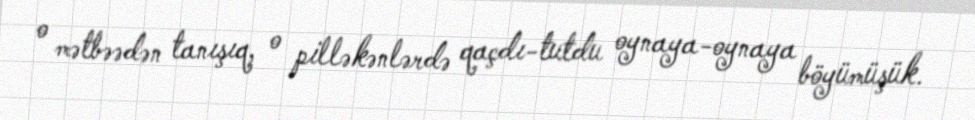
o mətbəədən tanışıq, o pilləkənlərdə qaçdı-tutdu oynaya-oynaya böyümüşük.